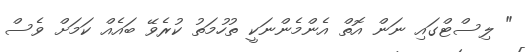
" ލިސްޓްގައި ނަން އޮތް އެންމެންނަކީ ތުހުމަތު ކުރެވޭ ބައެއް ކަމަށް ވެސް